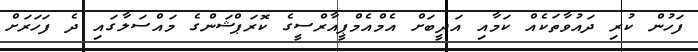
ފަހުން ކުރި ދައުވާތަކެއް ކަމާއި އަދީބަށް އެމްއެމްޕީއާރްސީގެ ކޮރަޕްޝަންގެ މައްސަލާގައި ދެ ފަހަރަށް